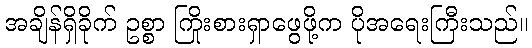
အချိန်ရှိခိုက် ဥစ္စာ ကြိုးစားရှာဖွေဖို့က ပိုအရေးကြီးသည်။